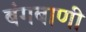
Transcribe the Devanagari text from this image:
बंगबाणी